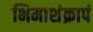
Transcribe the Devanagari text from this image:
भिमाशंक्रापं